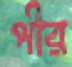
পীর